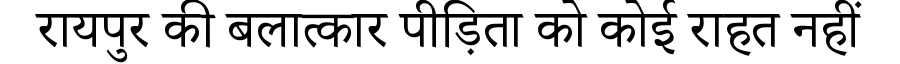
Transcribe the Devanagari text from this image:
रायपुर की बलात्कार पीड़िता को कोई राहत नहीं